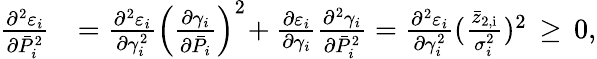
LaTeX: \begin{array}{rl}{\frac{\partial^{2}\varepsilon_{i}}{\partial\bar{P}_{i}^{2}}}&{=\frac{\partial^{2}\varepsilon_{i}}{\partial\gamma_{i}^{2}}\left(\frac{\partial\gamma_{i}}{\partial\bar{P}_{i}}\right)^{2}\! +\frac{\partial\varepsilon_{i}}{\partial\gamma_{i}}\frac{\partial^{2}\gamma_{i}}{\partial\bar{P}_{i}^{2}}=\frac{\partial^{2}\varepsilon_{i}}{\partial\gamma_{i}^{2}}(\frac{\bar{z}_{\mathrm{2,i}}}{\sigma_{i}^{2}})^{2}\, \geq\, 0,}\end{array}